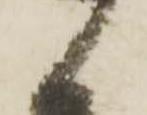
よ